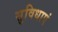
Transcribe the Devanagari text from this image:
सुविधाएं